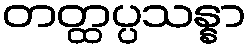
တတ္ထပ္ပသန္နာ